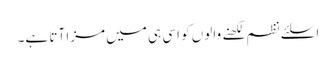
اسلئے نظم لکھنے والوں کو اسی ہی میں مزا آتا ہے۔